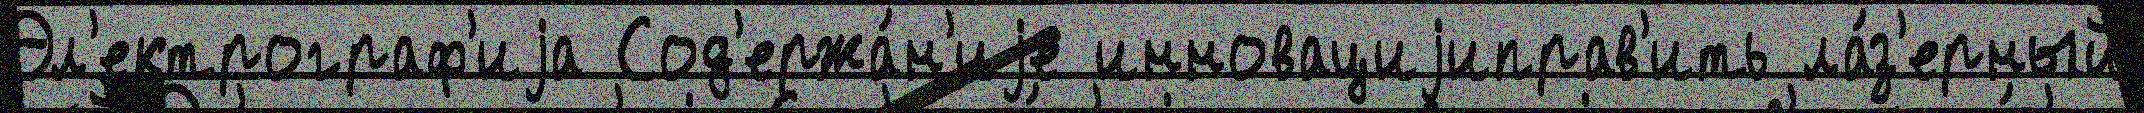
Эл'ектрограф'иjа Сод'ержа́н'иjе инновациjиправ'ить ла́з'ерный